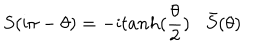
LaTeX: S ( \mathrm { i } \pi - \theta ) = - \mathrm { i } t a n h ( \frac { \theta } { 2 } ) \bar { S } ( \theta )